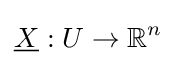
{\underline {X}}:U\to \mathbb {R} ^{n}